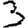
Digit: 3